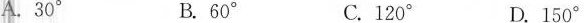
A. 30° B. 60° C. 120° D. 150°